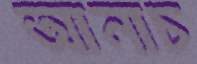
আনাচ